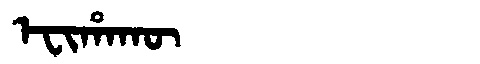
Manchu: ᡝᠸᡳᡥᠠᡴᡡ
Romanization: EFIHAKŪ